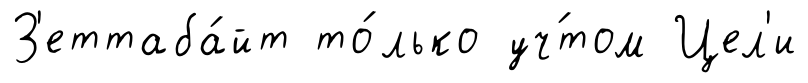
З'еттаба́йт то́лько уч́том Цел'и